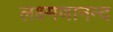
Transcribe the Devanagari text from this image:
लक्ष्मणानन्द